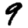
Digit: 9